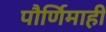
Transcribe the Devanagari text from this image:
पौर्णिमाही